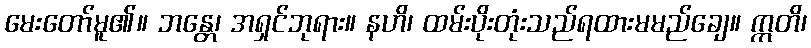
မေးတော်မူ၏။ ဘန္တေ၊ အရှင်ဘုရား။ နဟိ၊ ထမ်းပိုးတုံးသည်ရထားမမည်ချေ။ ဣတိ၊